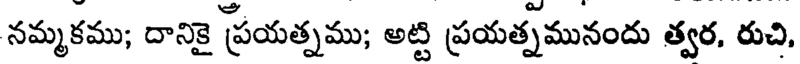
నమ్మకము; దానికై ప్రయత్నము; అట్టి ప్రయత్నమునందు త్వర, రుచి,